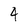
Character: 4